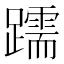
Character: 𫏧